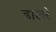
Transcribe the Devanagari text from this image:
ढालरे